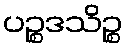
ပဉ္စဒသိဉ္စ